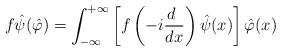
LaTeX: \begin{align*}f\hat\psi(\hat\varphi)=\int_{-\infty}^{+\infty}\left[ f\left(-i\frac{d~}{dx}\right)\hat\psi(x)\right]\hat\varphi(x)\end{align*}